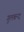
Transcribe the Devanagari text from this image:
गुलबन्द